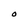
Character: O